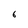
Character: 6